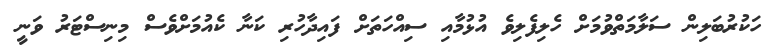
ހަކުރުބަލިން ސަލާމަތްވުމަށް ހެލިފެލިވެ އުޅުމާއި ސިއްހަތަށް ފައިދާހުރި ކަނާ ކެއުމަށްވެސް މިނިސްޓަރު ވަނީ